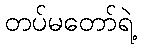
တပ်မတော်ရဲ့